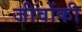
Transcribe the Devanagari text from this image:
जीवोंकी